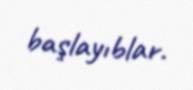
başlayıblar.